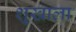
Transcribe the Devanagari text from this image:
श्र्‌खाला